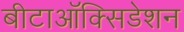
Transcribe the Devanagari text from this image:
बीटाऑक्सिडेशन